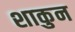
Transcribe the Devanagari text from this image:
शाकुन